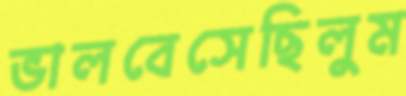
ভালবেসেছিলুম